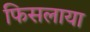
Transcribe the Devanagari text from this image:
फिसलाया